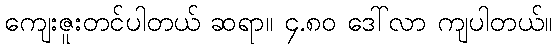
ကျေးဇူးတင်ပါတယ် ဆရာ။ ၄.၈၀ ဒေါ်လာ ကျပါတယ်။